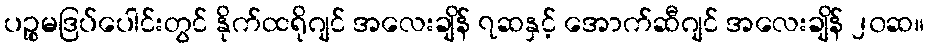
ပဉ္စမဒြပ်ပေါင်းတွင် နိုက်ထရိုဂျင် အလေးချိန် ၇ဆနှင့် အောက်ဆီဂျင် အလေးချိန် ၂၀ဆ။